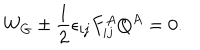
W _ { G } \pm \frac { 1 } { 2 } \epsilon _ { i j } F _ { i j } ^ { A } Q ^ { A } = 0 .